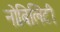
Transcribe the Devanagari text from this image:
नोबिलिटी